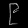
Digit: ၉